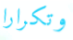
وتكرارا